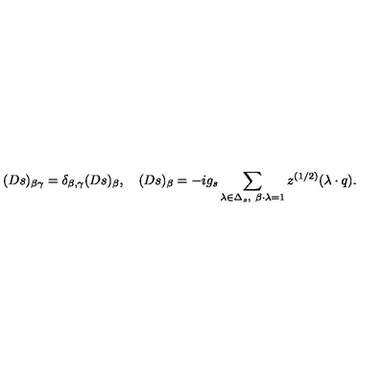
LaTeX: ( D s ) _ { \beta \gamma } = \delta _ { \beta , \gamma } ( D s ) _ { \beta } , \quad ( D s ) _ { \beta } = - i g _ { s } \sum _ { \lambda \in \Delta _ { s } , \ \beta \cdot \lambda = 1 } z ^ { ( 1 / 2 ) } ( \lambda \cdot q ) .